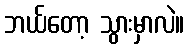
ဘယ်တော့ သွားမှာလဲ။